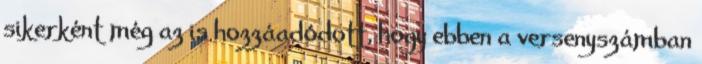
sikerként még az is hozzáadódott, hogy ebben a versenyszámban